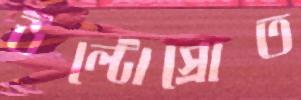
উল্টোস্রোত